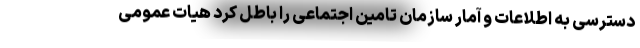
دسترسی به اطلاعات و آمار سازمان تامین اجتماعی را باطل کرد هیات عمومی